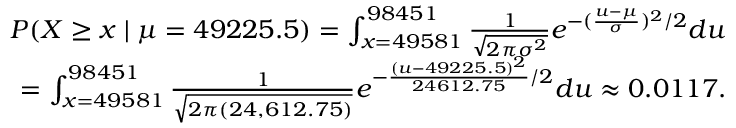
{ \begin{array} { r } { P ( X \geq x \mid \mu = 4 9 2 2 5 . 5 ) = \int _ { x = 4 9 5 8 1 } ^ { 9 8 4 5 1 } { \frac { 1 } { \sqrt { 2 \pi \sigma ^ { 2 } } } } e ^ { - ( { \frac { u - \mu } { \sigma } } ) ^ { 2 } / 2 } d u } \\ { = \int _ { x = 4 9 5 8 1 } ^ { 9 8 4 5 1 } { \frac { 1 } { \sqrt { 2 \pi ( 2 4 , 6 1 2 . 7 5 ) } } } e ^ { - { \frac { ( u - 4 9 2 2 5 . 5 ) ^ { 2 } } { 2 4 6 1 2 . 7 5 } } / 2 } d u \approx 0 . 0 1 1 7 . } \end{array} }